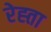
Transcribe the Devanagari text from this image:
रेह्ता